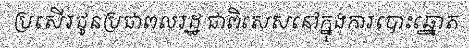
ប្រសើរជូនប្រជាពលរដ្ឋ ជាពិសេសនៅក្នុងការបោះឆ្នោត